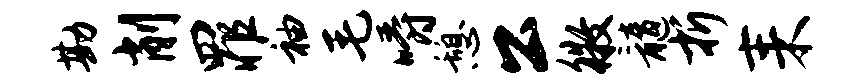
勘削罪袖毛嚼憩公徵髓折耒